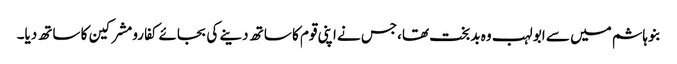
بنوہاشم میں سے ابو لہب وہ بدبخت تھا،جس نے اپنی قوم کا ساتھ دینے کی بجائے کفارومشرکین کا ساتھ دیا۔